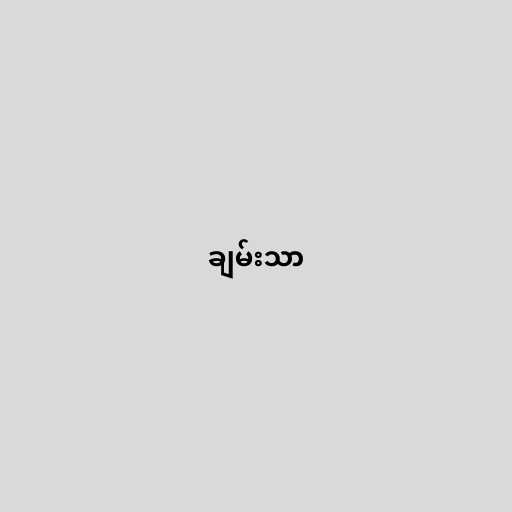
ချမ်းသာ